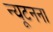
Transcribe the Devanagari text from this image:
न्यूटनना